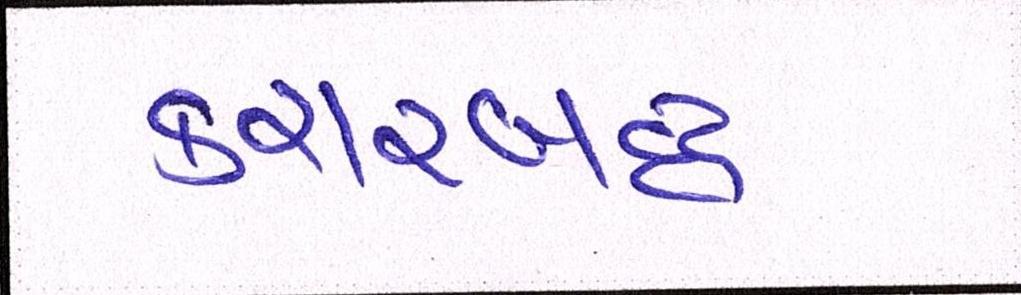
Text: કરારબદ્ધ